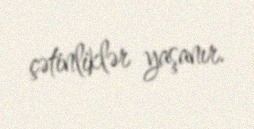
çətinliklər yaşanır.